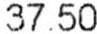
37.50